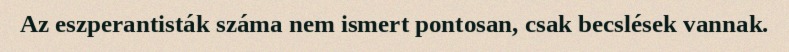
Az eszperantisták száma nem ismert pontosan, csak becslések vannak.